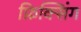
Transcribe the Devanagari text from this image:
फ़िक्सिंग